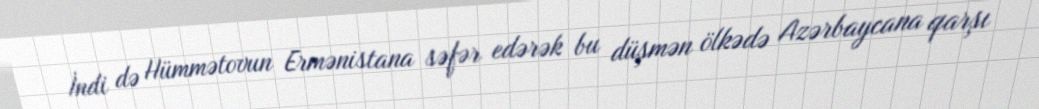
İndi də Hümmətovun Ermənistana səfər edərək bu düşmən ölkədə Azərbaycana qarşı